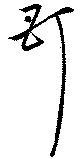
丁